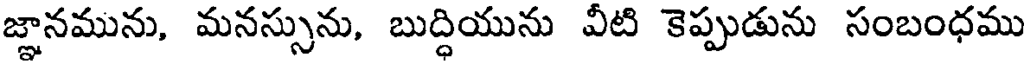
జ్ఞానమును, మనస్సును, బుద్ధియును వీటి కెప్పుడును సంబంధము